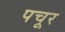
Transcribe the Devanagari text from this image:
पचूर